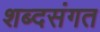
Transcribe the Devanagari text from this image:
शब्दसंगत